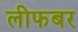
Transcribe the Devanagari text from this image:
लीफबर